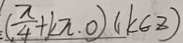
( \frac { \pi } { 4 } + k \pi . 0 ) ( k \in z )